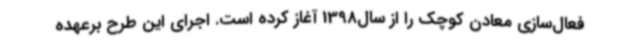
فعال‌سازی معادن کوچک را از سال1398 آغاز کرده است. اجرای این طرح برعهده